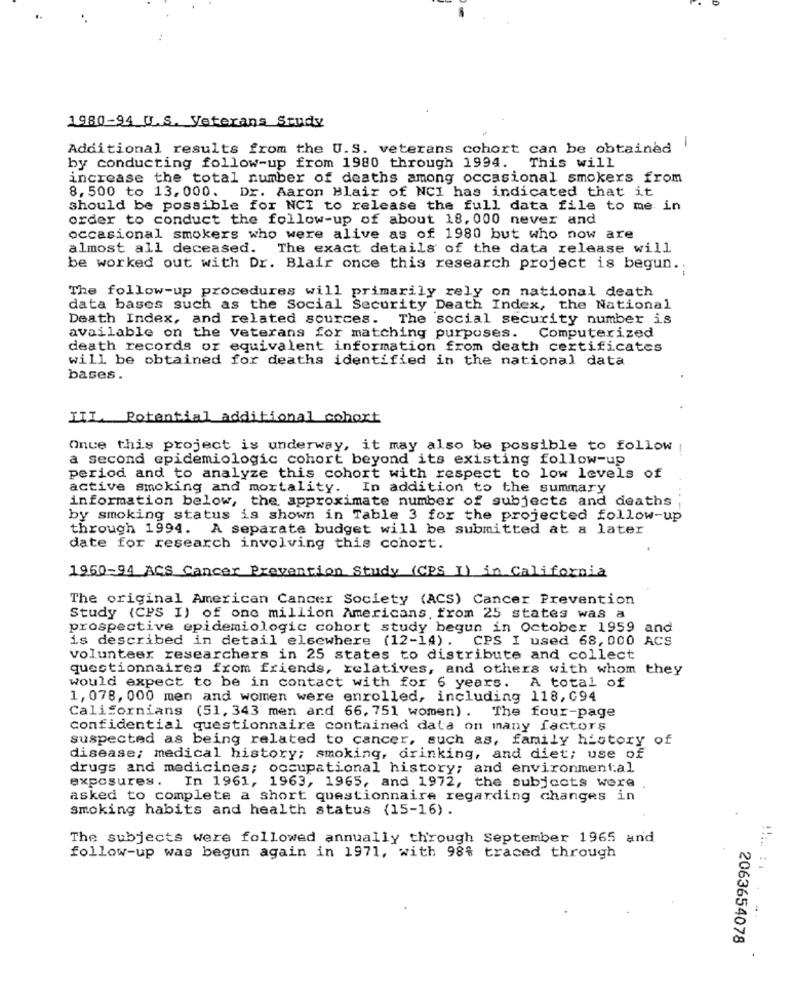
1980-94 U.S. Veterans Study
Additional results from the U.S. veterans cohort can be obtained
1
by conducting follow-up from 1980 through 1994.
This will
increase the total number of deaths among occasional smokers from
8, 500 to 13, 000. Dr. Aaron Blair of NCI has indicated that it
should be possible for NCI to release the full data file to me in
order to conduct the follow-up of about 18. 000 never and
occasional smokers who were alive as of 1980 but who now are
almost all deceased. The exact details of the data release will
be worked out with Dr. Blair once this research project is begun ..
The follow-up procedures will primarily rely on national death
data bases such as the Social Security Death Index, the National
Death Index, and related sources. The social security number is
available on the veterans for matching purposes.
Computerized
death records or equivalent information from death certificates
will be obtained for deaths identified in the national data
bases.
IIL Potential additional cohort
Onue this project is underway, it may also be possible to follow
a second epidemiologic cohort beyond its existing follow-up
period and to analyze this cohort with respect to low levels of
active smoking and mortality. In addition to the summary
information below, the approximate number of subjects and deaths
by smoking status is shown in Table 3 for the projected follow-up
through 1994. A separate budget will be submitted at a later
date for research involving this cohort.
1960-94 ACS Cancer Prevention Study (CPS I) in California
The original American Cancer Society (ACS) Cancer Prevention
Study (CPS I) of one million Americans, from 25 states was a
prospective epidemiologic cohort study begun in October 1959 and
is described in detail elsewhere (12-14) . CPS I used 68, 000 ACS
volunteer researchers in 25 states to distribute and collect
questionnaires from friends, relatives, and others with whom they
would expect to be in contact with for 6 years. A total of
1, 078, 000 men and women were enrolled, including 118, 094
Californians (51, 343 men and 66, 751 women) . The four-page
confidential questionnaire contained data on many factors
suspected as being related to cancer, such as, family history of
disease; medical history; smoking, drinking, and diet; use of
drugs and medicines; occupational history; and environmental
exposures.
In 1961, 1963, 1965, and 1972, the subjects were
asked to complete a short questionnaire regarding changes in
smoking habits and health status (15-16).
The subjects were followed annually through September 1965 and
follow-up was begun again in 1971, with 98% traced through
2063654078
4